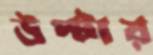
উল্‌টায়